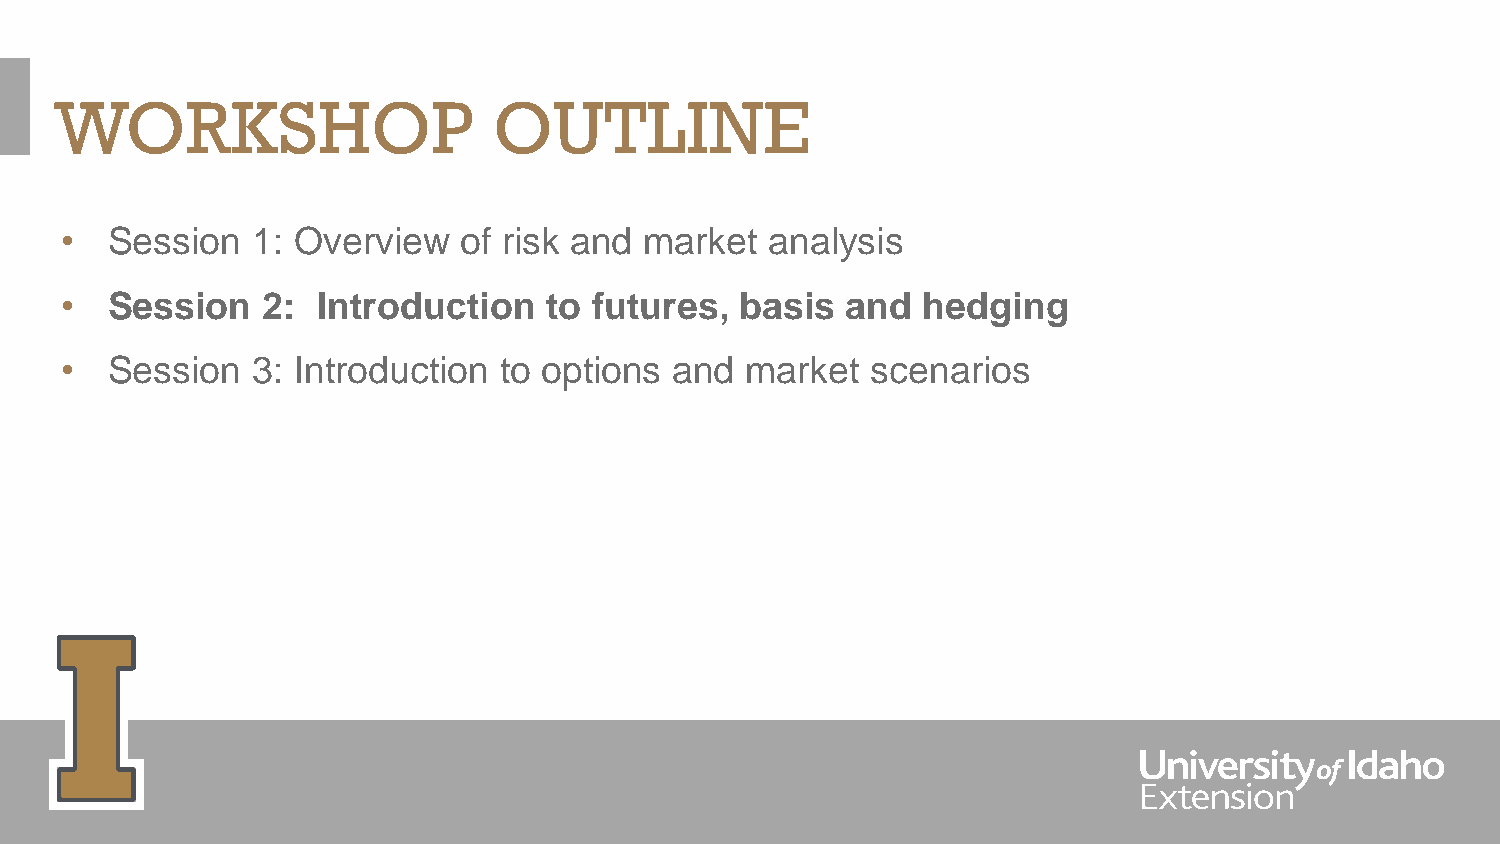
WORKSHOP                     OUTLINE
 •  Session   1: Overview  of risk and  market  analysis
 •  Session   2:  Introduction   to futures,  basis  and  hedging
 •  Session   3: Introduction to options  and market   scenarios